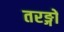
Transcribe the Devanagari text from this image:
तरङ्गों